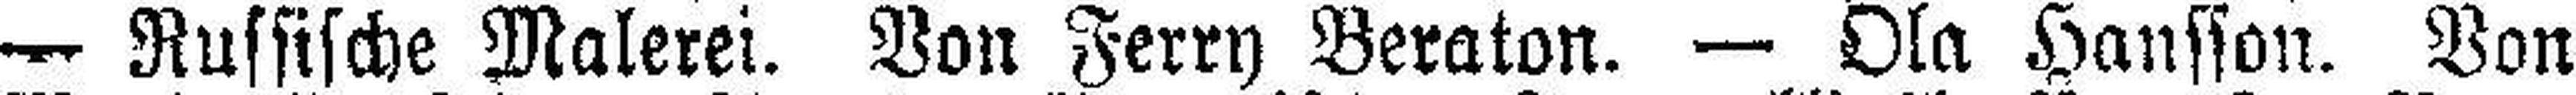
— Russische Malerei. Von Ferry Beraton. — Ola Hansson. Von